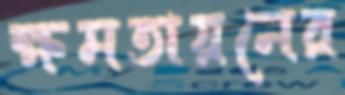
ক্ষমতায়নের